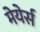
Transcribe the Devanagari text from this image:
मेयेर्स